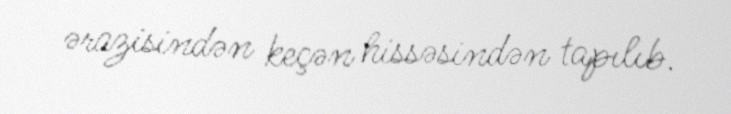
ərazisindən keçən hissəsindən tapılıb.